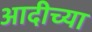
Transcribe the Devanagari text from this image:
आदीच्या